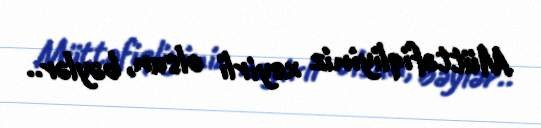
Müttəfiqliyiniz xeyirli olsun, bəylər..